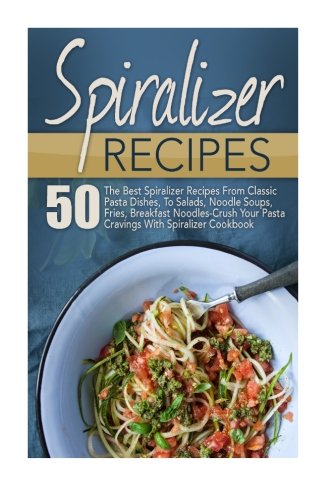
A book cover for Spiralizer Recipes: 50 The Best Spiralizer Recipes From Classic Pasta Dishes, To Salads, Noodle Soups, Fries, Breakfast Noodles-Crush Your Pasta ... Recipe Book, Spiralizer, Spiralizer Cookbook); Joelyn Mckeown; Cookbooks, Food & Wine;